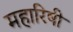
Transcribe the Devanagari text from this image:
महारिषी